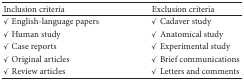
<table><thead><tr><td><b>Inclusion criteria</b></td><td><b>Exclusion criteria</b></td></tr></thead><tbody><tr><td><i>✓</i> English-language papers</td><td><i>✓</i> Cadaver study</td></tr><tr><td><i>✓</i> Human study</td><td><i>✓</i> Anatomical study</td></tr><tr><td><i>✓</i> Case reports</td><td><i>✓</i> Experimental study</td></tr><tr><td><i>✓</i> Original articles</td><td><i>✓</i> Brief communications</td></tr><tr><td><i>✓</i> Review articles</td><td><i>✓</i> Letters and comments</td></tr></tbody></table>